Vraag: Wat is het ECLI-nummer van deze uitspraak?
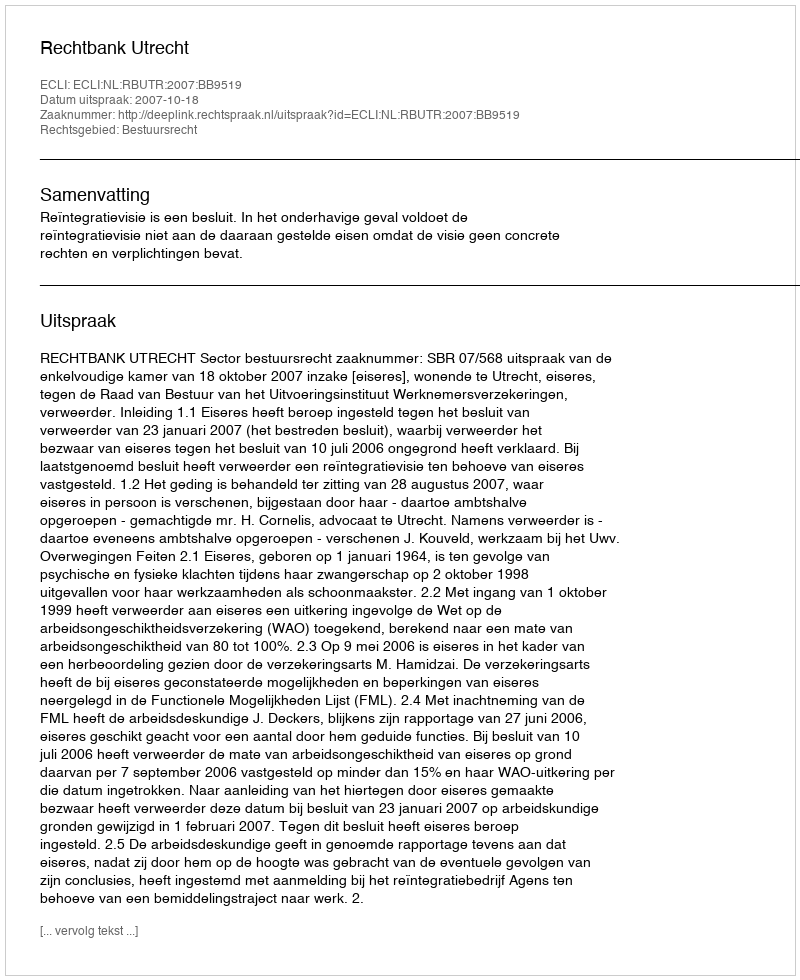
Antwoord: ECLI:NL:RBUTR:2007:BB9519